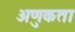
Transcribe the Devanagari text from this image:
अणुकता